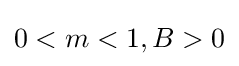
0<m<1,B>0